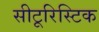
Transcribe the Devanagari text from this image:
सीटूरिस्टिक